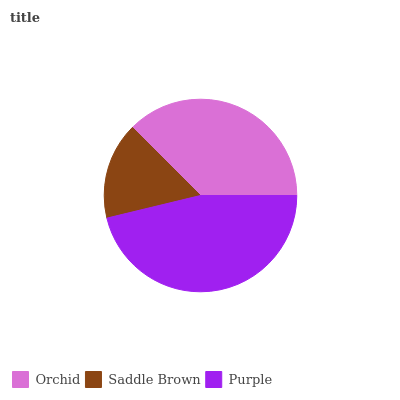
| Orchid | Saddle Brown | Purple |
 | --- | --- | --- |
 | 37.6% | 16.2% | 46.2% |